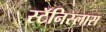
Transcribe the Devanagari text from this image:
स्टॅनिस्लास